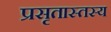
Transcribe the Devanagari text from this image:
प्रसृतास्तस्य